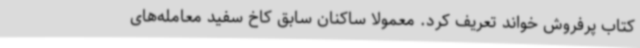
کتاب پرفروش خواند تعریف کرد. معمولا ساکنان سابق کاخ سفید معامله‌های